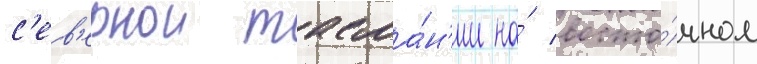
с'ев'ернои тасма́н'ии на́ восто́чном